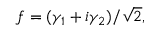
f = ( \gamma _ { 1 } + i \gamma _ { 2 } ) / { \sqrt { 2 } } ,